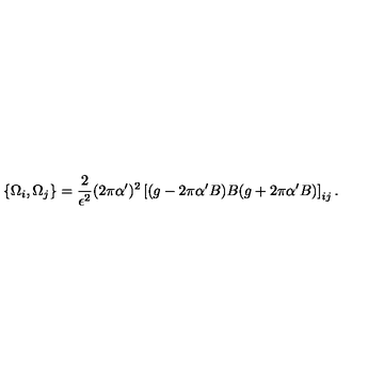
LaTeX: \{ \Omega _ { i } , \Omega _ { j } \} = \frac { 2 } { \epsilon ^ { 2 } } ( 2 \pi \alpha ^ { \prime } ) ^ { 2 } \left[ ( g - 2 \pi \alpha ^ { \prime } B ) B ( g + 2 \pi \alpha ^ { \prime } B ) \right] _ { i j } .